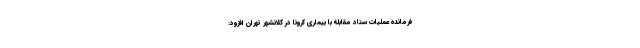
فرمانده عملیات ستاد مقابله با بیماری کرونا در کلانشهر تهران افزود: